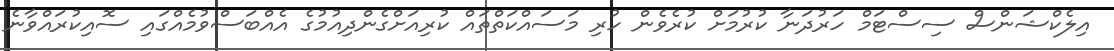
އިލެކްޝަންސް ސިސްޓަމް ހަރުދަނާ ކުރުމަށް ކުރެވެން ހުރި މަސައްކަތްތައް ކުރިއަށްގެންދިއުމުގެ އެއްބަސްވުމެއްގައި ސޮއިކުރައްވާނެ